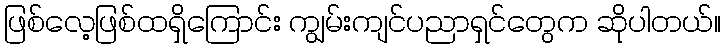
ဖြစ်လေ့ဖြစ်ထရှိကြောင်း ကျွမ်းကျင်ပညာရှင်တွေက ဆိုပါတယ်။